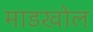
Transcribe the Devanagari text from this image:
माडखोल